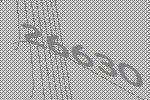
26630